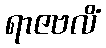
ရာဇဗလိံ